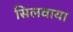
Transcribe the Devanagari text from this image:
सिलवाया